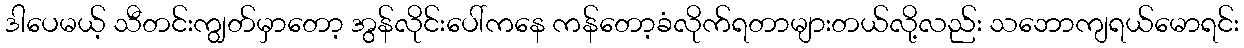
ဒါပေမယ့် သီတင်းကျွတ်မှာတော့ အွန်လိုင်းပေါ်ကနေ ကန်တော့ခံလိုက်ရတာများတယ်လို့လည်း သဘောကျရယ်မောရင်း